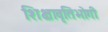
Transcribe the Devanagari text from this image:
शिक्षावृतिभोगी